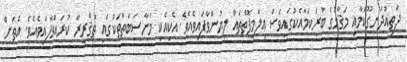
ދަތިއުދަނގޫކަމާއި މަޤާމުގެ ބުރަކަމާއެކުގައިވެސް ޢިލްމީފޮތްތައް ލިޔުންވާފައިވެއެވެ. އެކިއެކި މުނާސަބަތުތަކުގައި ތަޤްރީރް ކުރައްވާފައިވެއެވެ. އެތަށް